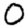
Digit: 0